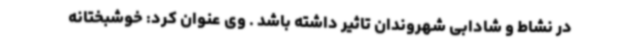
در نشاط و شادابی شهروندان تاثیر داشته باشد . وی عنوان کرد: خوشبختانه